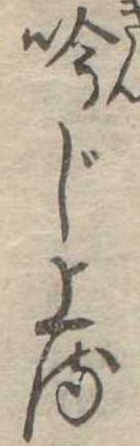
吟じ上る